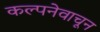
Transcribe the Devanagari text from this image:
कल्पनेवाचून